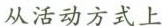
从活动方式上